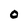
Character: O